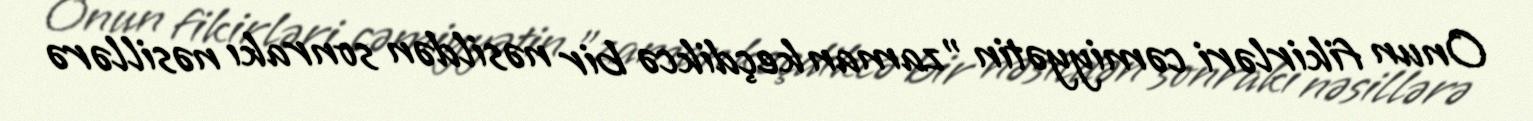
Onun fikirləri cəmiyyətin "zaman keçdikcə bir nəsildən sonrakı nəsillərə